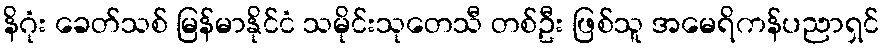
နိဂုံး ခေတ်သစ် မြန်မာနိုင်ငံ သမိုင်းသုတေသီ တစ်ဦး ဖြစ်သူ အမေရိကန်ပညာရှင်